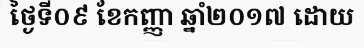
ថ្ងៃទី០៩ ខែកញ្ញា ឆ្នាំ២០១៧ ដោយ